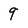
Character: 9